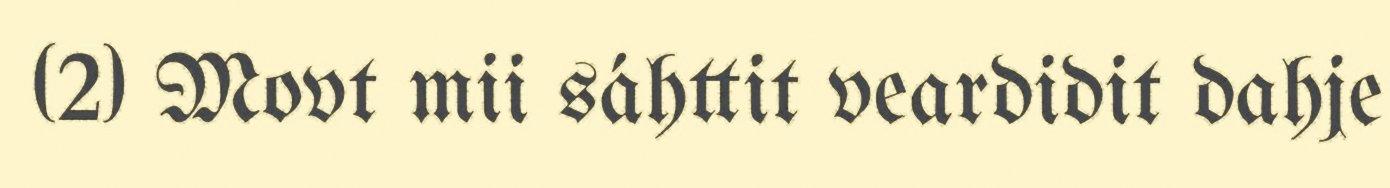
(2) Movt mii sáhttit veardidit dahje